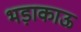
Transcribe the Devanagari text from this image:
भड़ाकाऊ